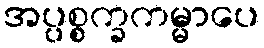
အပ္ပစ္စက္ခကမ္မာပေ